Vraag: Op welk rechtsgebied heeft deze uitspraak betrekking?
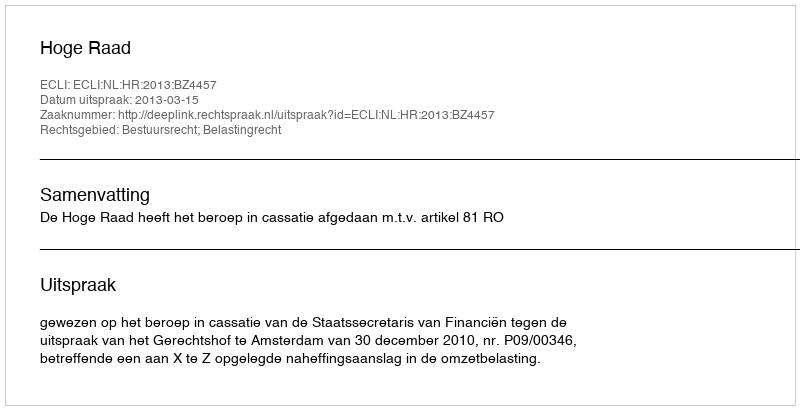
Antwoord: Bestuursrecht; Belastingrecht